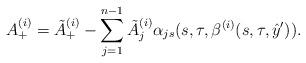
LaTeX: \begin{align*} A_+^{(i)}=\tilde A_+^{(i)}-\sum_{j=1}^{n-1}\tilde A_j^{(i)}\alpha_{js}(s,\tau,\beta^{(i)}(s,\tau,\hat y')).\end{align*}